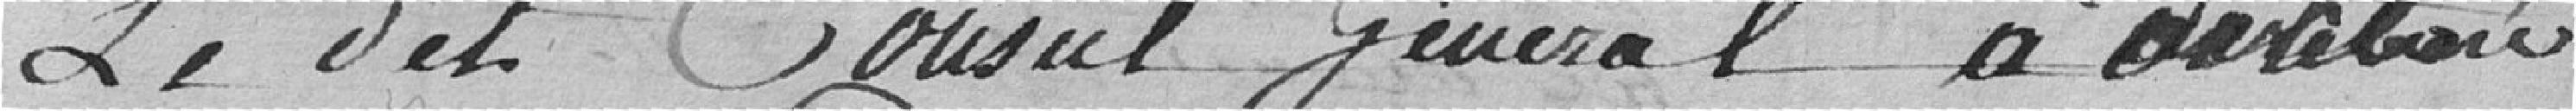
Le dit Conseil Général a délibéré